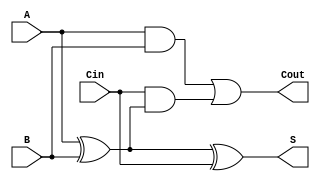
module full_adder (
    input wire A,       // First input bit
    input wire B,       // Second input bit
    input wire Cin,     // Carry-in bit
    output wire S,      // Sum output
    output wire Cout    // Carry-out output
);

// Logic for Sum (S)
assign S = A ^ B ^ Cin; // S = A  B  Cin

// Logic for Carry-out (Cout)
assign Cout = (A & B) | (Cin & (A ^ B)); // Cout = (A AND B) OR (Cin AND (A  B))

endmodule